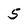
Character: 5